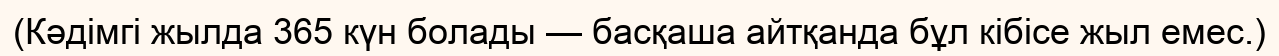
(Кәдімгі жылда 365 күн болады — басқаша айтқанда бұл кібісе жыл емес.)